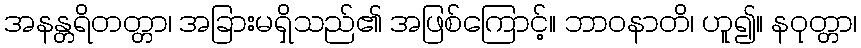
အနန္တရိတတ္တာ၊ အခြားမရှိသည်၏ အဖြစ်ကြောင့်။ ဘာဝနာတိ၊ ဟူ၍။ နဝုတ္တာ၊